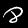
Label: 8